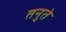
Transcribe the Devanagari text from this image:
तनुते